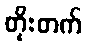
တိုးတက်